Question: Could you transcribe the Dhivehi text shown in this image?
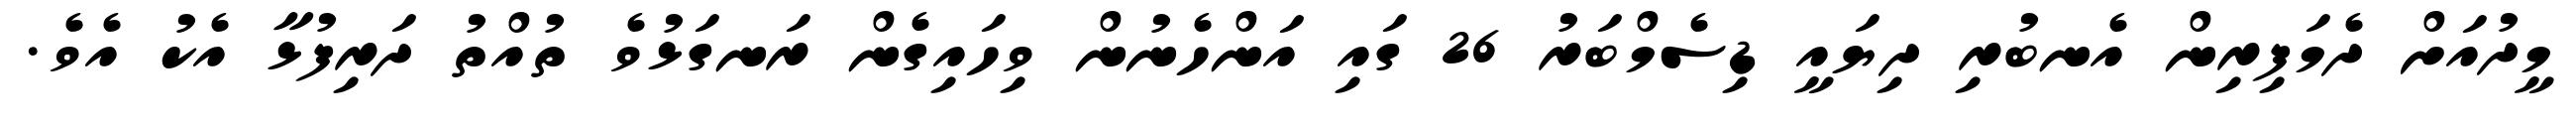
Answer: މީދުއަށް ދެމަފިރިން އެނބުރި ދިޔައީ ޑިސެމްބަރު 26 ގައި އަންހެނުން ވިހައިގެން ރަނގަޅުވެ ތުއްތު ދަރިފުޅާ އެކު އެވެ.